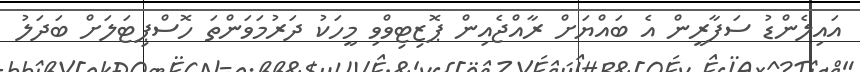
އައިލެންޑު ސަފާރީން އެ ބައްޔަށް ރާއްޖެއިން ޕޮޒިޓިވްވި މީހަކު ދަރުމަވަންތަ ހޮސްޕިޓަލަށް ބަދަލު